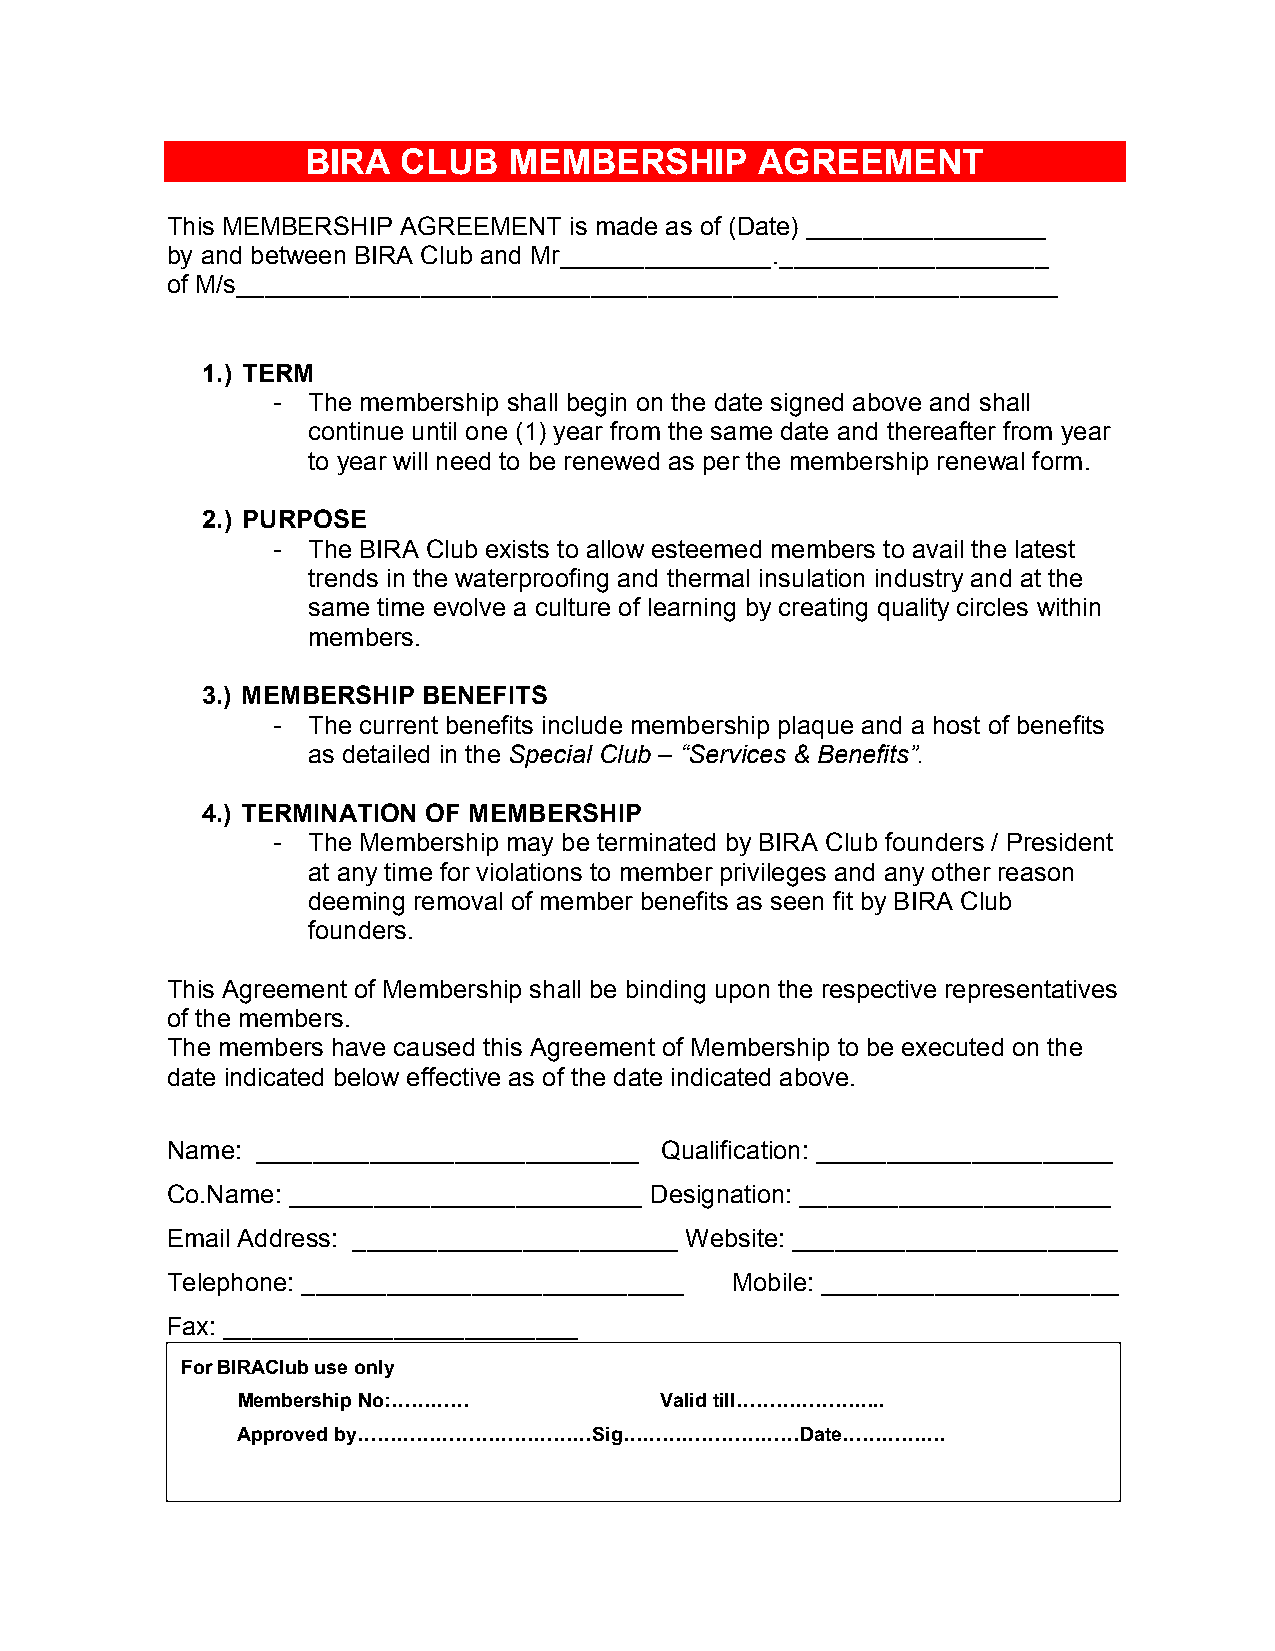
BIRA   CLUB   MEMBERSHIP      AGREEMENT
 This MEMBERSHIP AGREEMENT  is made as of (Date) _________________
 by and between BIRA Club and Mr_______________.___________________
 of M/s__________________________________________________________
 1.) TERM
 - The membership shall begin on the date signed above and shall
 continue until one (1) year from the same date and thereafter from year
 to year will need to be renewed as per the membership renewal form.
 2.) PURPOSE
 - The BIRA Club exists to allow esteemed members to avail the latest
 trends in the waterproofing and thermal insulation industry and at the
 same time evolve a culture of learning by creating quality circles within
 members.
 3.) MEMBERSHIP BENEFITS
 - The current benefits include membership plaque and a host of benefits
 as detailed in the Special Club – “Services & Benefits”.
 4.) TERMINATION OF MEMBERSHIP
 - The Membership may be terminated by BIRA Club founders / President
 at any time for violations to member privileges and any other reason
 deeming removal of member benefits as seen fit by BIRA Club
 founders.
 This Agreement of Membership shall be binding upon the respective representatives
 of the members.
 The members have caused this Agreement of Membership to be executed on the
 date indicated below effective as of the date indicated above.
 Name: ___________________________ Qualification: _____________________
 Co.Name: _________________________ Designation: ______________________
 Email Address: _______________________ Website: _______________________
 Telephone: ___________________________ Mobile: _____________________
 Fax: _________________________
 For BIRAClub use only
 Membership No:''''          Valid till'''''''..
 Approved by''''''''''''Sig'''''''''Date'''''.